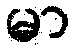
မာ